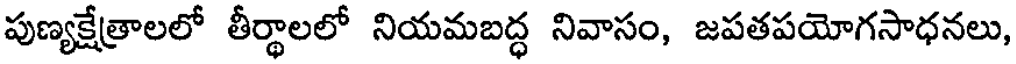
పుణ్యక్షేత్రాలలో తీర్థాలలో నియమబద్ధ నివాసం, జపతపయోగసాధనలు,